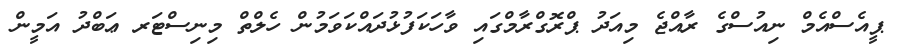
ޕީއެސްއެމް ނިއުސްގެ ރާއްޖެ މިއަދު ޕްރޮގްރާމްގައި ވާހަކަފުޅުދައްކަވަމުން ހެލްތް މިނިސްޓަރ ޢަބްދު އަމީން